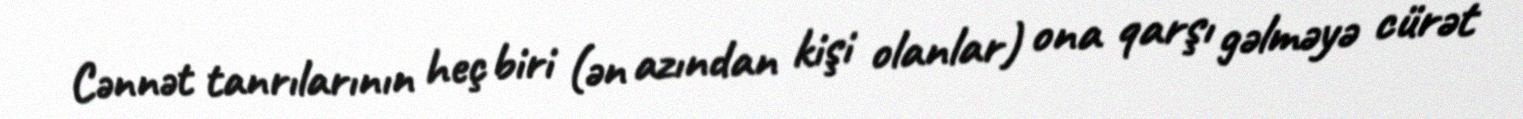
Cənnət tanrılarının heç biri (ən azından kişi olanlar) ona qarşı gəlməyə cürət